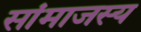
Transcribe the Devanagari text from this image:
सांमाजस्य